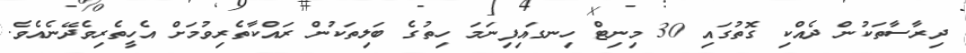
ދިރާސާތަކުން ދެއްކި ގޮތުގައި 30 މިނިޓް ހިނގައިފިނަމަ ހިތުގެ ބަލިތަކުން ރައްކާތެރިވުމަށް އެހީތެރިވެދޭނެއެވެ.